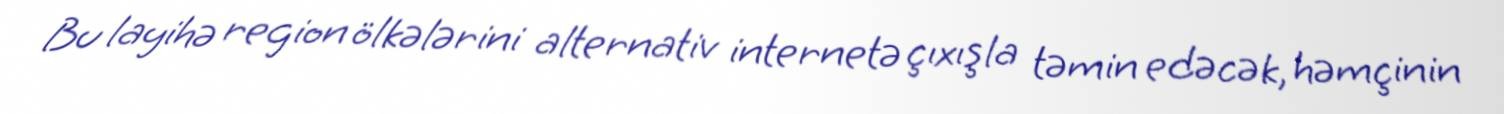
Bu layihə region ölkələrini alternativ internetə çıxışla təmin edəcək, həmçinin